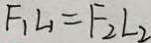
F _ { 1 } L _ { 1 } = F _ { 2 } L _ { 2 }